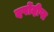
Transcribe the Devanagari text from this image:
दर्पोदीप्त